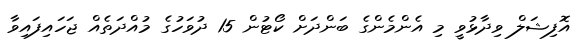
އޮފިޝަލް ވިދާޅުވީ މި އެންމެންގެ ބަންދަށް ކޯޓުން 15 ދުވަހުގެ މުއްދަތެއް ޖަހައިފައިވާ